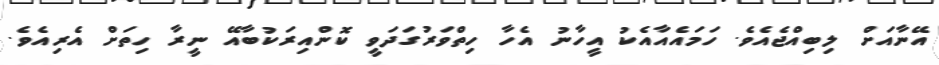
އޭނާއަށް ލިބިއްޖެއެވެ. ހަމައެއާއެކު އީހާނު އެހާ ހިތްވަރުގަދަވީ ކޮންއިރަކުބާއޭ ނީރާ ހިތަށް އެރިއެވެ.